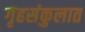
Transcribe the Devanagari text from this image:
गृहसंकुलात